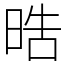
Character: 晧